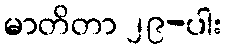
မာတိတာ ၂၉-ပါး